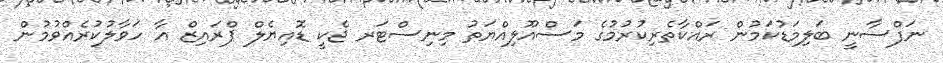
ނަފްސާނީ ބަލިމަޑުކަމުން ރައްކާތެރިކުރުމުގެ މަސްއޫލިއްޔަތު މިނިސްޓަރ ޖެކީ ޑޮއިޔެލް ޕްރައިޒް އާ ހަވާލުކުރެއްވުމުން